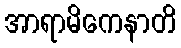
အာရာမိကေနာတိ